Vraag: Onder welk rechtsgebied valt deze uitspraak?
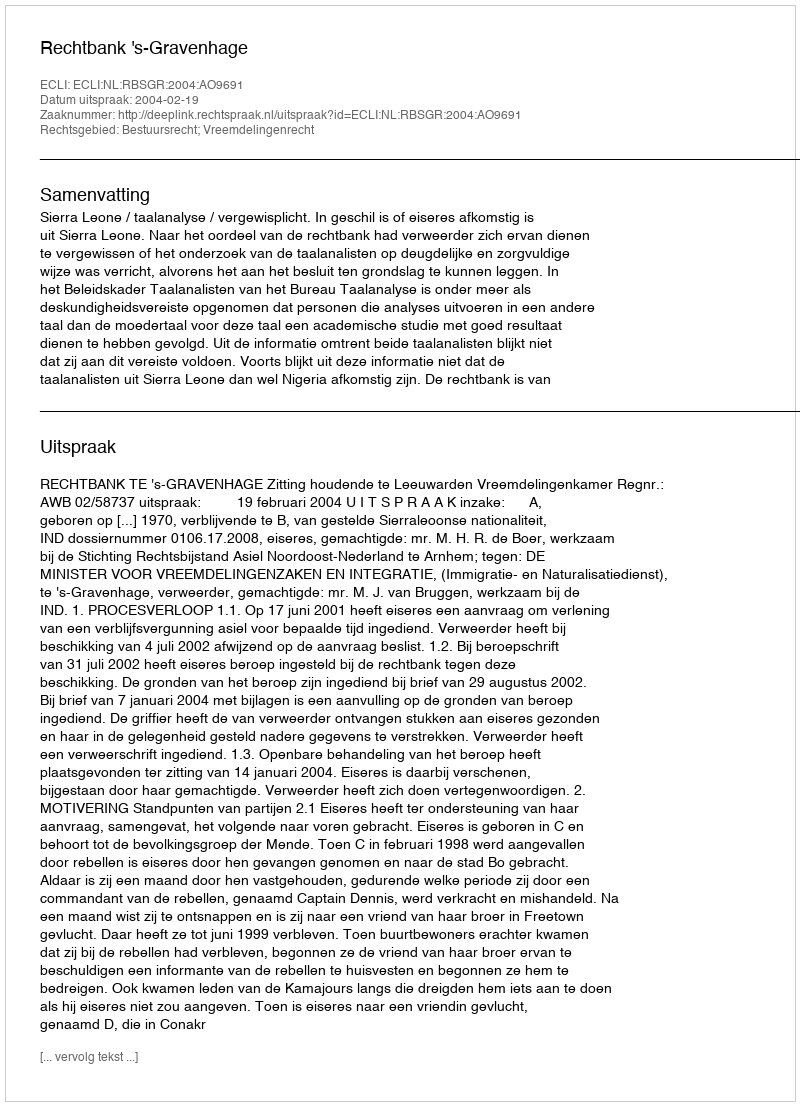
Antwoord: Bestuursrecht; Vreemdelingenrecht